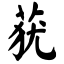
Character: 莸